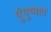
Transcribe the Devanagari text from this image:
पुंपुष्पात